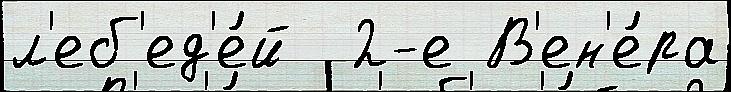
л'еб'ед'е́й  2-е В'ен'е́ра